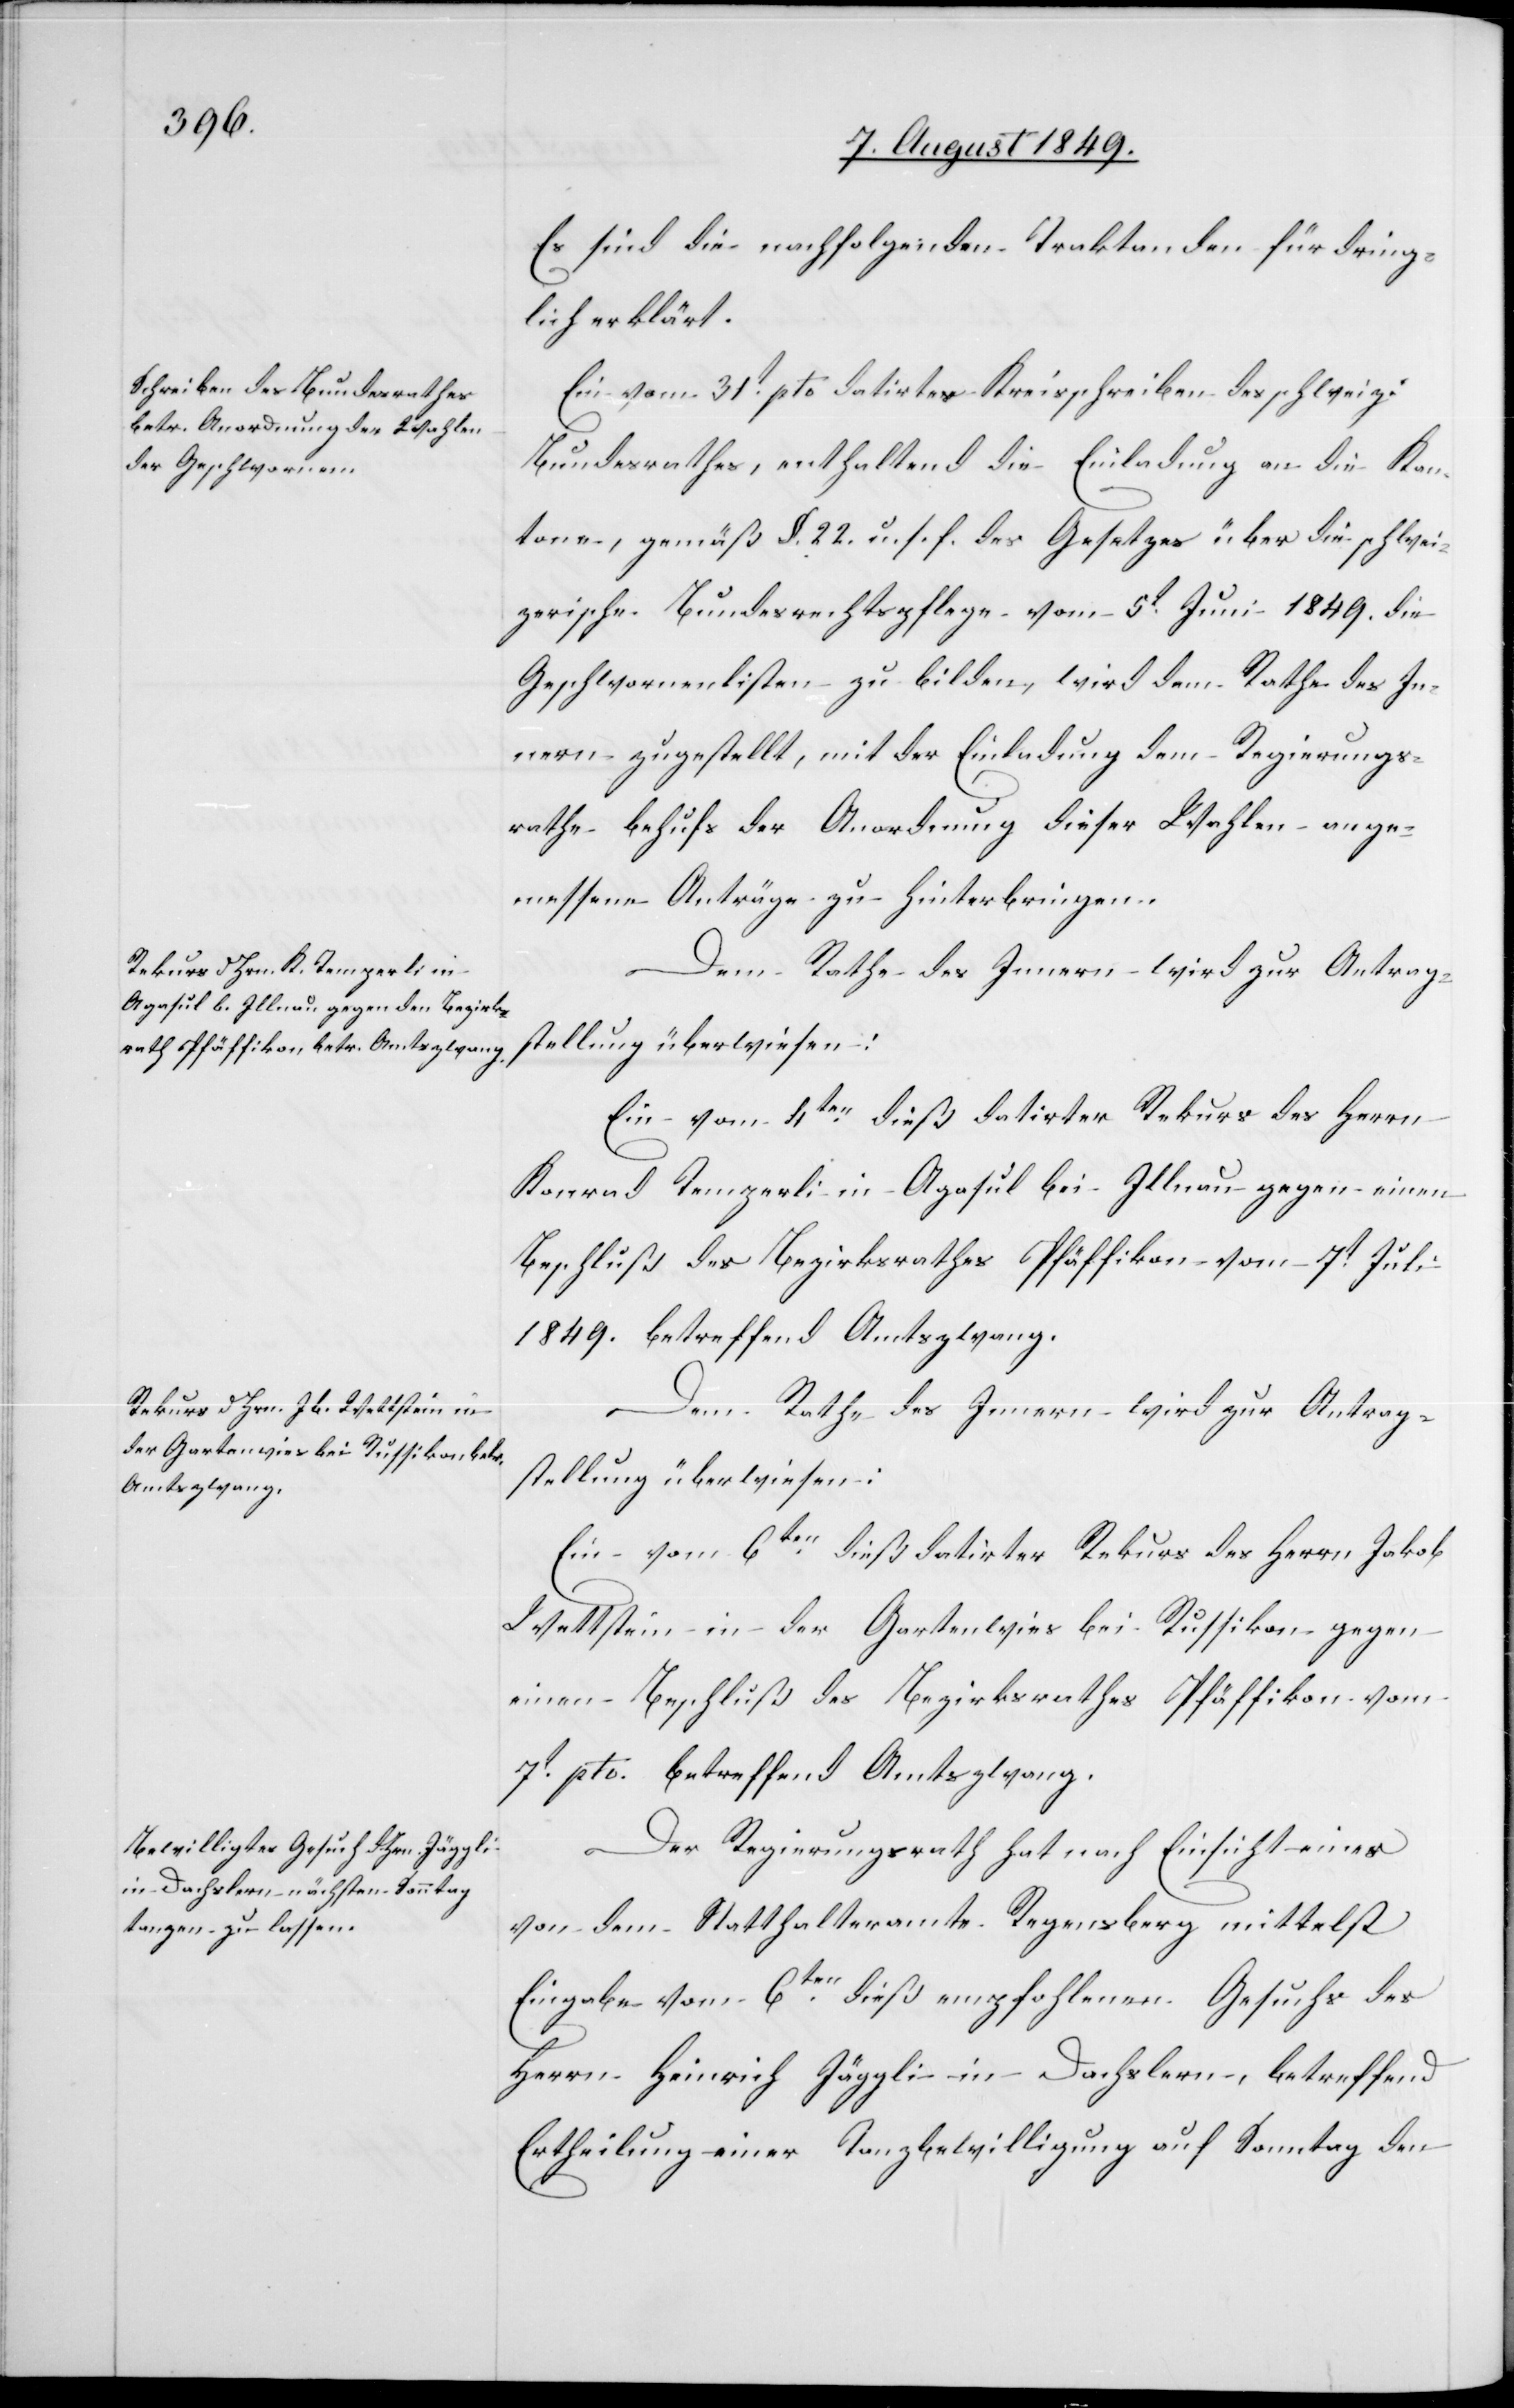
Es sind die nachfolgenden Traktanden für dring¬
lich erklärt.
Ein vom 31t pto datirtes Kreisschreiben des schweiz.
Bundesrathes, enthaltend die Einladung an die Kan¬
tone, gemäß §. 22. u. s. f. des Gesetzes über die schwei¬
zerische Bundesrechtspflege vom 5t Juni 1849. die
Geschwornenlisten zu bilden, wird dem Rathe des In¬
nern zugestellt, mit der Einladung dem Regierungs¬
rathe behufs der Anordnung dieser Wahlen ange¬
messene Anträge zu hinterbringen.
Dem Rathe des Innern wird zur Antrag¬
stellung überwiesen:
Oberamtmann 6ten dieß datirter Rekurs des Herrn
Konrad Temperli in Agasul bei Illnau gegen einen
Beschluß des Bezirksrathes Pfäffikon vom 7t Juli
1849. betreffend Amtszwang.
Wettstein in der Gartenwies bei Russikon gegen
einen Beschluß des Bezirksrathes Pfäffikon vom
7t pto. betreffend Amtszwang.
Der Regierungsrath hat nach Einsicht eines
von dem Statthalteramte Regensberg mittelst
Eingabe vom 6ten dieß empfohlenen Gesuchs des
Herrn Heinrich Jäggli in Dachslern, betreffend
Ertheilung einer Tanzbewilligung auf Sonntag den